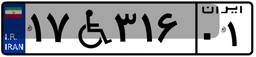
۷۰W۳۵۴۰۶